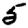
Digit: 5